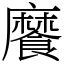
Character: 𩞁